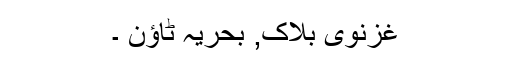
غزنوی بلاک, بحریہ ٹاؤن ۔